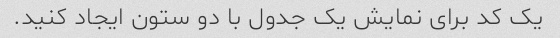
یک کد برای نمایش یک جدول با دو ستون ایجاد کنید.